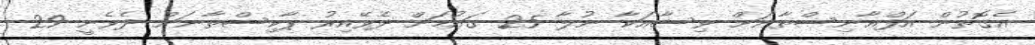
އެގޮތުން އަފްޣާނިސްތާނަށް ވިސާއަކާ ނުލާ 25 ގައުމަށް ދެވޭއިރު ޕާކިސްތާނަށް ދެވެނީ 29